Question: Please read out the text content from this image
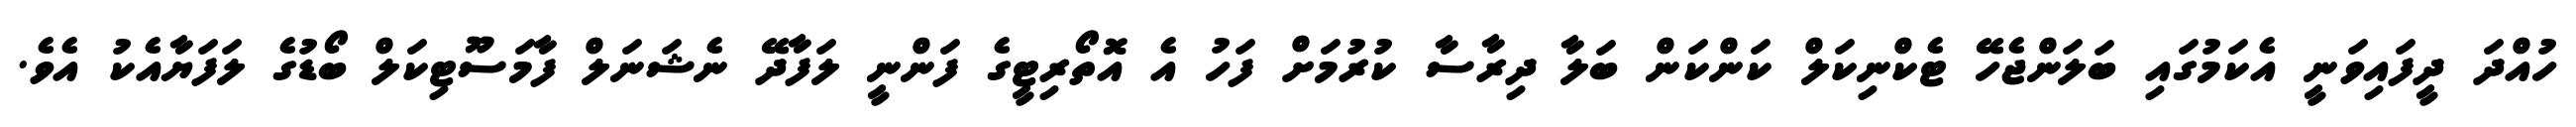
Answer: ހުއްދަ ދީފައިވަނީ އެކަމުގައި ބަލަންޖެހޭ ޓެކްނިކަލް ކަންކަން ބަލާ ދިރާސާ ކުރުމަށް ފަހު އެ އޮތޯރިޓީގެ ފަންނީ ލަފާދޭ ނެޝަނަލް ފާމަސޫޓިކަލް ބޯޑުގެ ލަފަޔާއެކު އެވެ.